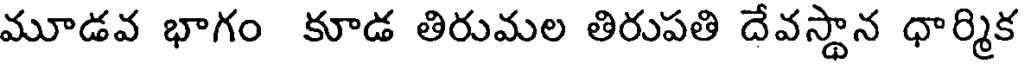
మూడవ భాగం కూడ తిరుమల తిరుపతి దేవస్థాన ధార్మిక